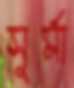
সুর্মা